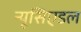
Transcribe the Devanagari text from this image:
न्यूसिएडल